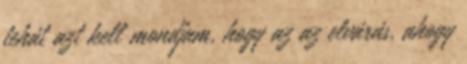
tehát azt kell mondjam, hogy az az elvárás, ahogy